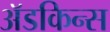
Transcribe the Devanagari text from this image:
अॅडकिन्स